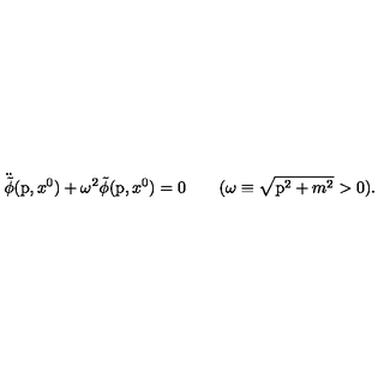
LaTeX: \ddot { \tilde { \phi } } ( \mathrm { \boldmath p } , x ^ { 0 } ) + \omega ^ { 2 } \tilde { \phi } ( \mathrm { \boldmath p } , x ^ { 0 } ) = 0 \qquad ( \omega \equiv \sqrt { \mathrm { \boldmath p } ^ { 2 } + m ^ { 2 } } > 0 ) .